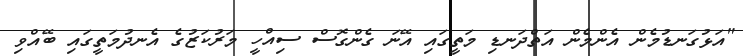
"އަޅުގަނޑުމެން އެންމެން އަތްދަނޑި މަތީގައި އޭނަ ގެންގޮސް ސިއްހީ މަރުކަޒުގެ އެނދުމަތީގައި ބޭއްވި